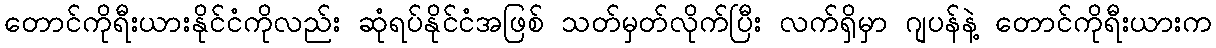
တောင်ကိုရီးယားနိုင်ငံကိုလည်း ဆုံရပ်နိုင်ငံအဖြစ် သတ်မှတ်လိုက်ပြီး လက်ရှိမှာ ဂျပန်နဲ့ တောင်ကိုရီးယားက